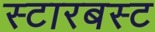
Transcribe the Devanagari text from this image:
स्टारबस्ट